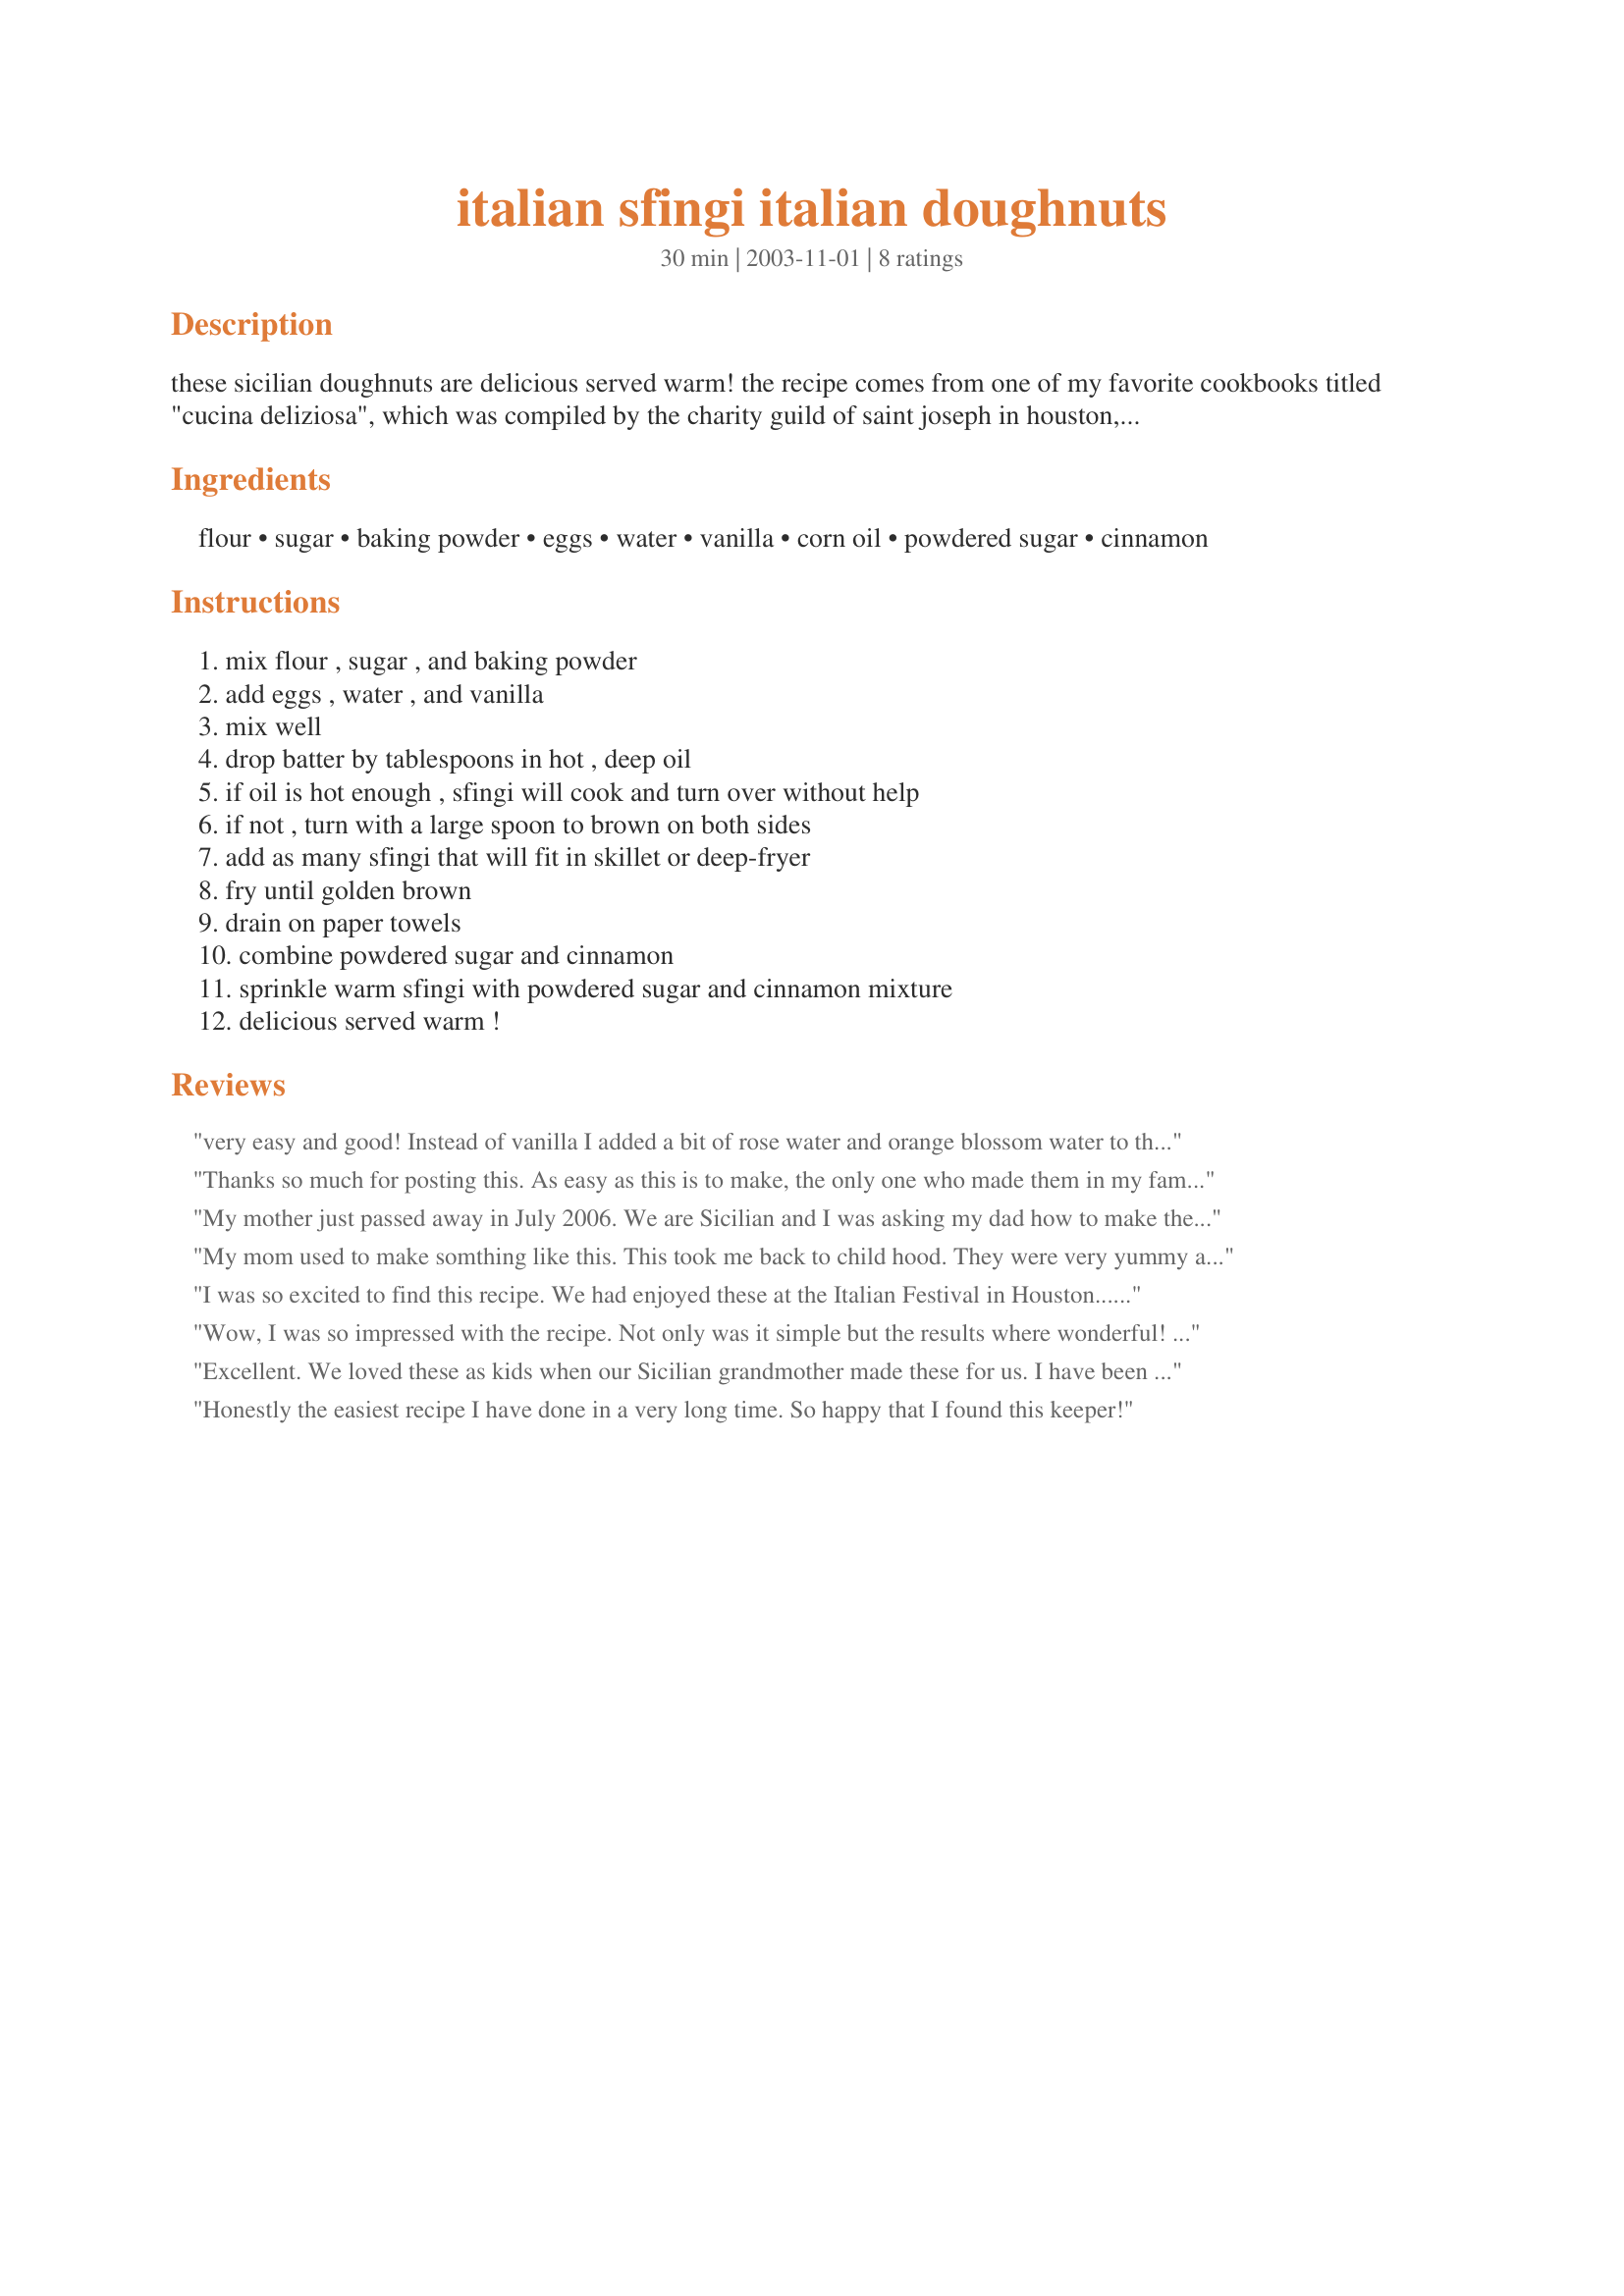
italian sfingi italian doughnuts
Preparation time: 30 minutes

these sicilian doughnuts are delicious served warm! the recipe comes from one of my favorite cookbooks titled "cucina deliziosa", which was compiled by the charity guild of saint joseph in houston, texas.

Ingredients:
flour, sugar, baking powder, eggs, water, vanilla, corn oil, powdered sugar, cinnamon

Steps:
mix flour , sugar , and baking powder, add eggs , water , and vanilla, mix well, drop batter by tablespoons in hot , deep oil, if oil is hot enough , sfingi will cook and turn over without help, if not , turn with a large spoon to brown on both sides, add as many sfingi that will fit in skillet or deep-fryer, fry until golden brown, drain on paper towels, combine powdered sugar and cinnamon, sprinkle warm sfingi with powdered sugar and cinnamon mixture, delicious served warm !

Reviews:
very easy and good! Instead of vanilla I added a bit of rose water and orange blossom water to the batter.After frying,I filled them with jam and rolled in powdered sugar.Thank you for posting.
Thanks so much for posting this.
As easy as this is to make, the only one who made them in my family was my dear grandmother.. and when she passed away, the recipe was gone.
Brings back many wonderful memories.
My mother just passed away in July 2006. We are Sicilian and I was asking my dad how to make these because it has been a tradition since I was a little girl. Sometimes my mom would fill them with different foods like, raisins or anchovies. 
They are absolutely delicious and I am so grateful to have stumbled on this website!
My mom used to make somthing like this. This took me back to child hood. They were very yummy and easy to make.
I suggest having them for breakfast with syrup on top. T
I was so excited to find this recipe. We had enjoyed these at the Italian Festival in Houston...glad to find the exact recipe served at the Festival.
Wow, I was so impressed with the recipe. Not only was it simple but the results where wonderful! They cooked beautifully,they turned over exactly the way you described,and they were light and fluffy and the texture was amazing. I think when I make them again I will add a pinch of salt and a bit more of sugar in the batter. The sugar both granulated and powder didn't stick well so we kind of rolled them. Considering they were not greasy at all. This was the first recipe I found and the one I will continue to use more often than just, New Years tradition. I have my mothers recipe and have made it for 44 years but wanted a change. Thank You, Cathy
Excellent. We loved these as kids when our Sicilian grandmother made these for us. I have been looking for a recipe for years. It is true...these will flip over in the oil on their own. I remember that from a little girl. Thanks for posting. Mangia!
Honestly the easiest recipe I have done in a very long time. So happy that I found this keeper!
